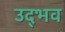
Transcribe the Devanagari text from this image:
उद्‌भव